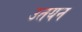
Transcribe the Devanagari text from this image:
उतयन